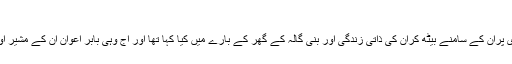
سلیم صافی
چلو ہم بھلادیتے ہیں کہ ڈاکٹر بابر اعوان نے ٹی وی پران کے سامنے بیٹھ کران کی ذاتی زندگی اور بنی گالہ کے گھر کے بارے میں کیا کہا تھا اور آج وہی بابر اعوان ان کے مشیر اور اسی بنی گالہ کے معاملے میں ان کے وکیل ہیں۔